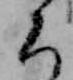
ち